画像に写った文字を読んでください
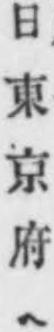
「日東京府ヘ」と書いてあります